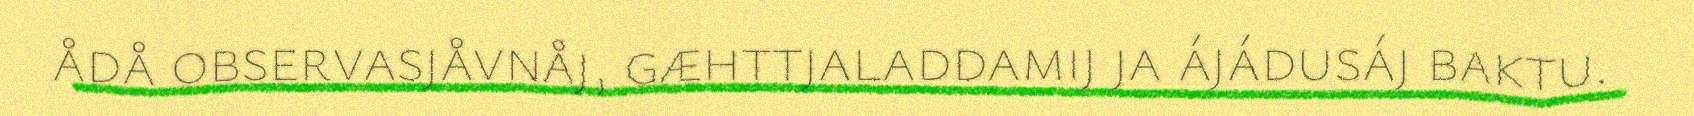
ådå observasjåvnåj, gæhttjaladdamij ja ájádusáj baktu.